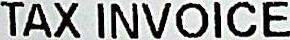
TAX INVOICE